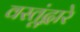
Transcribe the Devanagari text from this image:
वस्तूंद्वारे